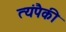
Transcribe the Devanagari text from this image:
त्यंपैकी